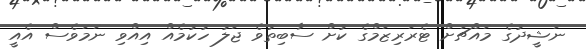
ނަޝީދުގެ މައްޗަށް ޓެރަރިޒަމްގެ ކުށް ސާބިތުވެ ޖަލު ހުކުމެއް އިއްވި ނަމަވެސް އެއީ